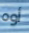
أوه